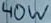
Text: 40W